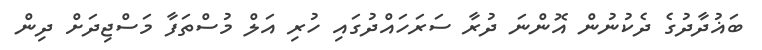
ބަޣުދާދުގެ ދެކުނުން އޮންނަ ދުރާ ސަރަހައްދުގައި ހުރި އަލް މުސްތަފާ މަސްޖިދަށް ދިން